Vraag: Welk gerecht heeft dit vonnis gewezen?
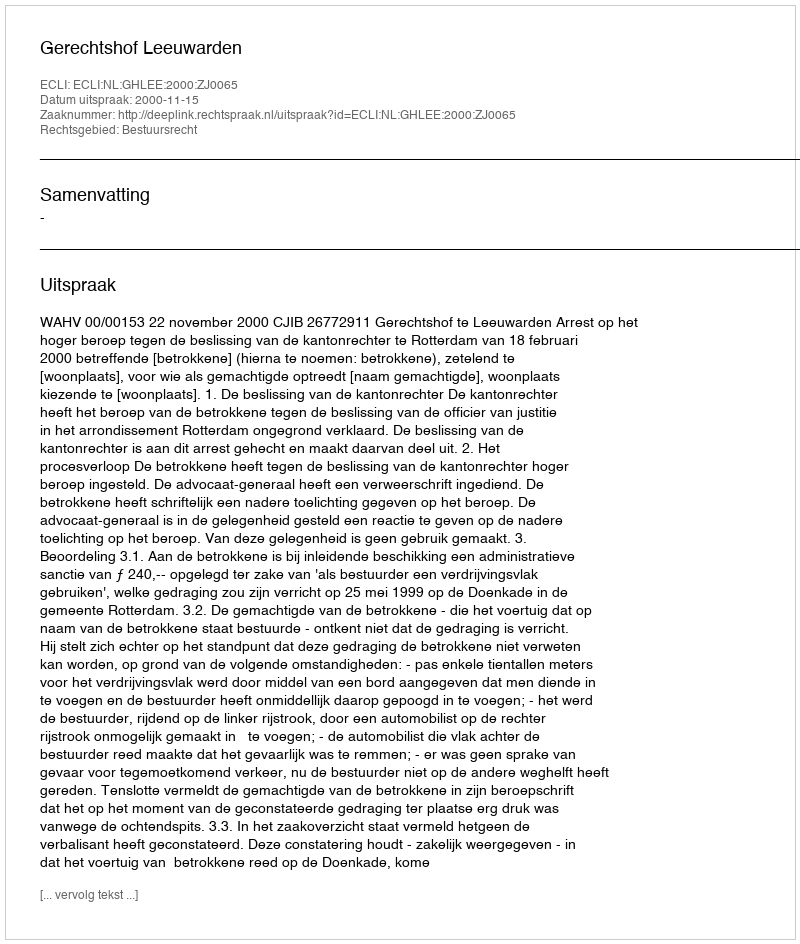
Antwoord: Gerechtshof Leeuwarden